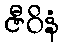
ဇီဝိနံ